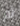
ثم